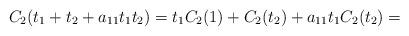
LaTeX: \begin{align*}C_2(t_1+t_2+a_{11}t_1t_2)=t_1C_2(1)+C_2(t_2)+a_{11}t_1C_2(t_2)=\end{align*}